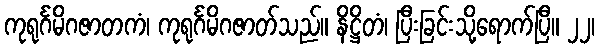
ကုရုင်္ဂမိဂဇာတကံ၊ ကုရုင်္ဂမိဂဇာတ်သည်။ နိဋ္ဌိတံ၊ ပြီးခြင်းသို့ရောက်ပြီ။ ၂၂၊